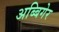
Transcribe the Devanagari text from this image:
अब्बिगेर